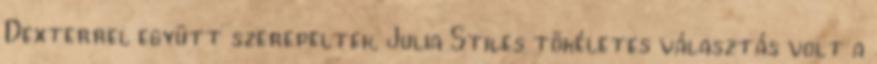
Dexterrel együtt szerepeltek, Julia Stiles tökéletes választás volt a